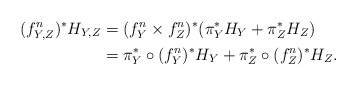
\begin{align*} (f_{Y,Z}^n)^*H_{Y,Z} &= (f_Y^n\times f_Z^n)^*(\pi_Y^*H_Y + \pi_Z^*H_Z) \\ &= \pi_Y^*\circ (f_Y^n)^* H_Y + \pi_Z^*\circ (f_Z^n)^* H_Z.\end{align*}